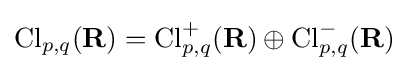
\operatorname {Cl} _{p,q}(\mathbf {R} )=\operatorname {Cl} _{p,q}^{+}(\mathbf {R} )\oplus \operatorname {Cl} _{p,q}^{-}(\mathbf {R} )